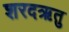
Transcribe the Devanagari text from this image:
शरदऋतु